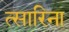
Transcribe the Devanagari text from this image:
त्सारिना